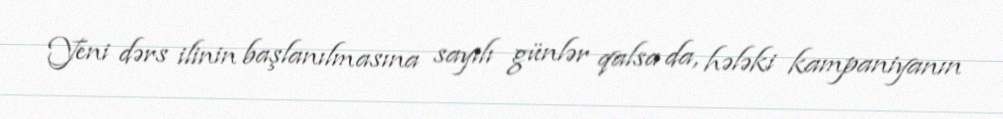
Yeni dərs ilinin başlanılmasına sayılı günlər qalsa da, hələki kampaniyanın